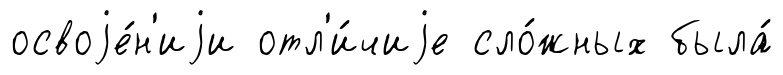
освоjе́н'иjи отл'и́чиjе сло́жных была́